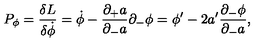
P _ { \phi } = { \frac { \delta L } { \delta \dot { \phi } } } = \dot { \phi } - { \frac { \partial _ { + } a } { \partial _ { - } a } } \partial _ { - } \phi = \phi ^ { \prime } - { 2 a ^ { \prime } } { \frac { \partial _ { - } \phi } { \partial _ { - } a } } ,